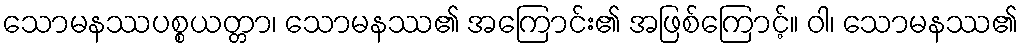
သောမနဿပစ္စယတ္တာ၊ သောမနဿ၏ အကြောင်း၏ အဖြစ်ကြောင့်။ ဝါ၊ သောမနဿ၏